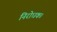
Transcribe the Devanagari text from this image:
निरोधक।